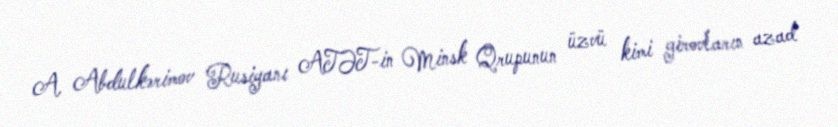
A. Abdulkərimov Rusiyanı ATƏT-in Minsk Qrupunun üzvü kimi girovların azad